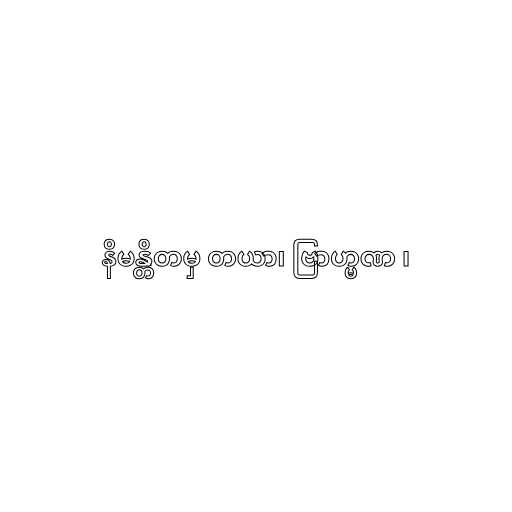
နိမန္တိတမှ တယာ၊ ဗြာဟ္မဏ ၊